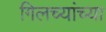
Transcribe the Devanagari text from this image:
गिलच्यांच्या